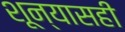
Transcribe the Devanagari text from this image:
शून्यासही